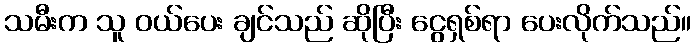
သမီးက သူ ဝယ်ပေး ချင်သည် ဆိုပြီး ငွေရှစ်ရာ ပေးလိုက်သည်။